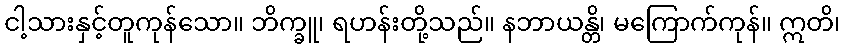
ငါ့သားနှင့်တူကုန်သော။ ဘိက္ခူ၊ ရဟန်းတို့သည်။ နဘာယန္တိ၊ မကြောက်ကုန်။ ဣတိ၊